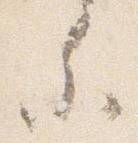
参